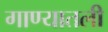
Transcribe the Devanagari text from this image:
गाण्यातली